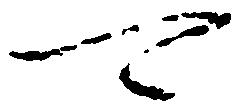
可